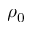
\rho _ { 0 }